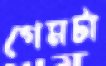
গেমটা